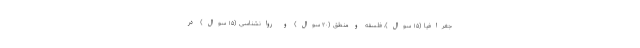
جغرافیا (۱۵ سوال)، فلسفه و منطق (۲۰ سوال) و روانشناسی (۱۵ سوال) در